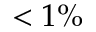
< 1 \%